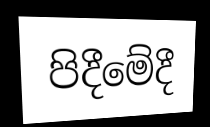
පිදීමේදී